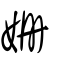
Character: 姍